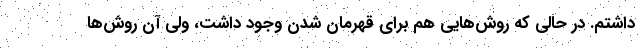
داشتم. در حالی که روش‌هایی هم برای قهرمان شدن وجود داشت، ولی آن روش‌ها